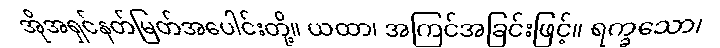
အိုအရှင်နတ်မြတ်အပေါင်းတို့။ ယထာ၊ အကြင်အခြင်းဖြင့်။ ရက္ခသော၊